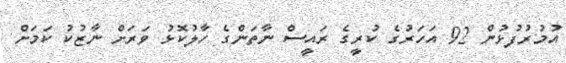
އުމުރުފުޅުން 92 އަހަރުގެ ކުރީގެ ރައީސް ނާތަންގެ ހާލުކޮޅު ވަރަށް ނާޒުކު ކަމަށް